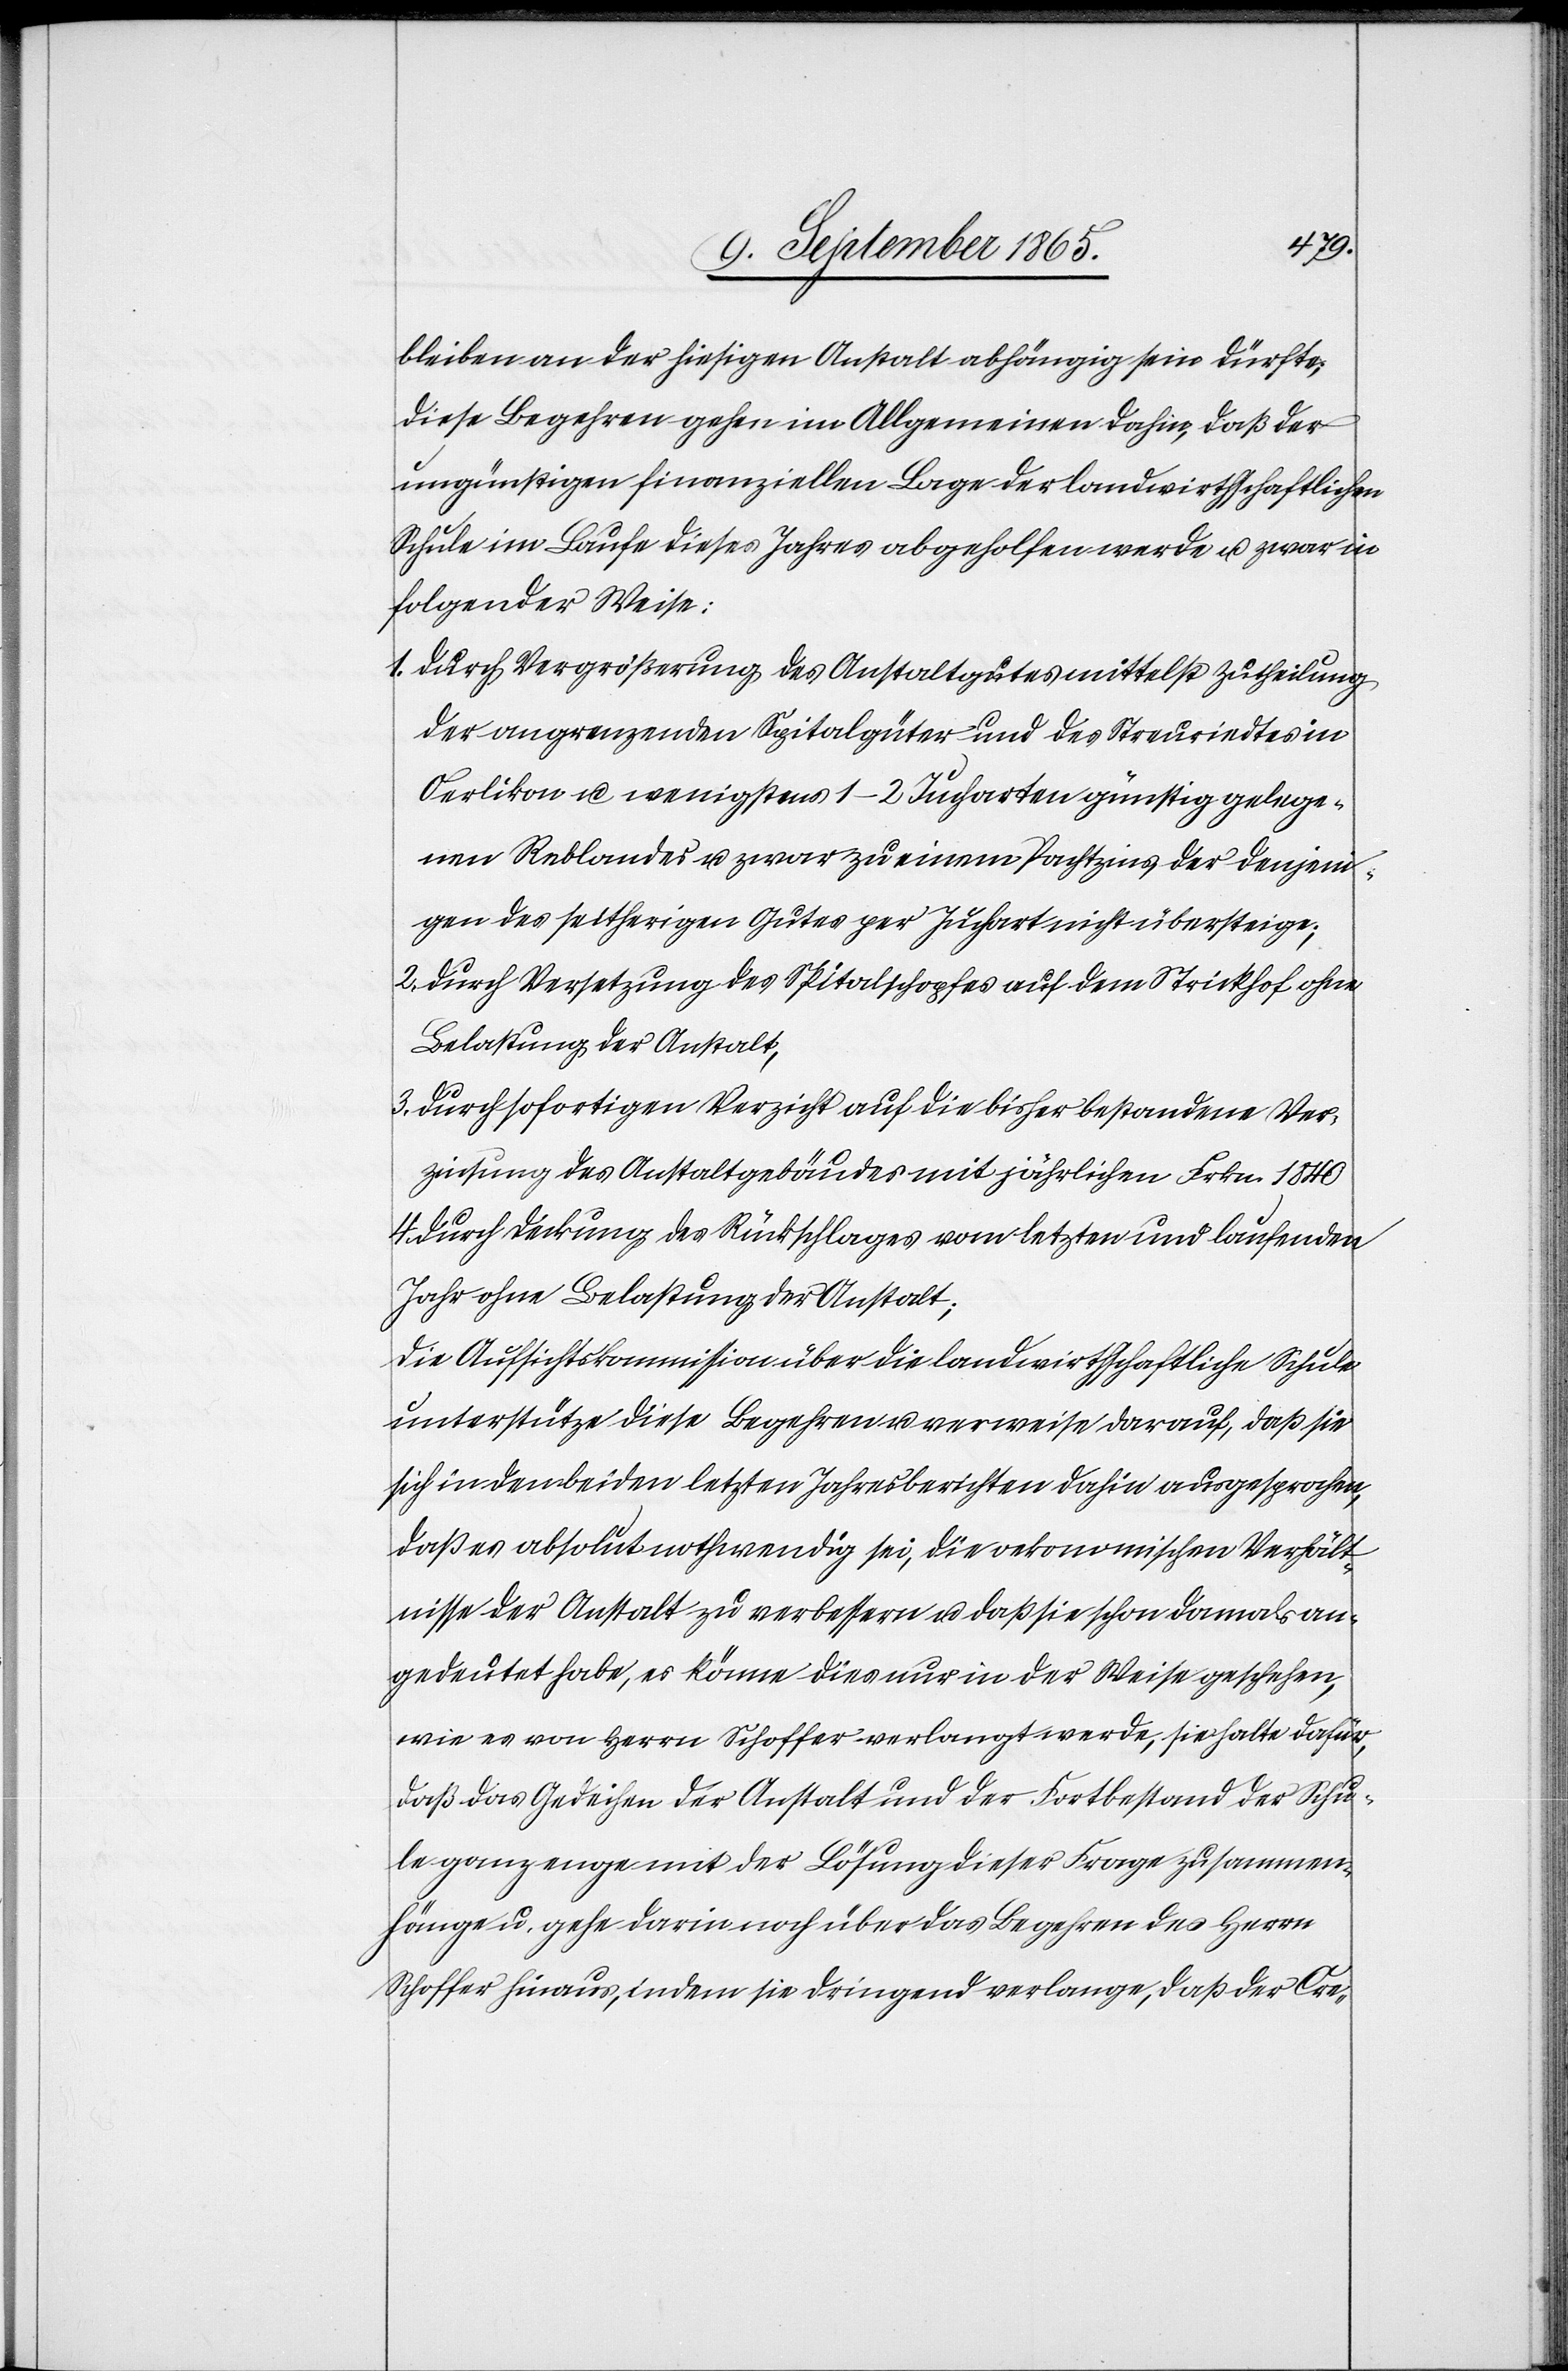
4.
bleiben an der hiesigen Anstalt abhängig sein dürfte;
diese Begehren gehen im Allgemeinen dahin, daß der
ungünstigen finanziellen Lage der landwirthschaftlichen
Schule im Laufe dieses Jahres abgeholfen werde u. zwar in
folgender Wiese:
1. durch Vergrößerung des Anstaltgutes mittelst Zutheilung
der angrenzenden Spitalgüter und des Streuriedtes in
Oerlikon u. wenigstens 1–2 Jucharten günstig gelege¬
nen Reblandes u. zwar zu einem Pachtzins der denjeni¬
gen des seitherigen Gutes per Juchart nicht übersteige;
2. durch Versetzung des Spitalschopfes auf dem Strickhof ohne
Belastung der Anstalt,
3. durch sofortigen Verzicht auf die bisher bestandene Ver¬
zinsung des Anstaltgebäudes mit jährlichen Frkn. 1840
durch Deckung des Rückschlages vom letzten und laufenden
Jahr ohne Belastung der Anstalt;
Die Aufsichtskommission über die landwirthschaftliche Schule
unterstütze diese Begehren u. verweise darauf, daß sie
sich in den beiden letzten Jahresberichten dahin ausgesprochen,
daß es absolut nothwendig sei, die oekonomischen Verhält¬
nisse der Anstalt zu verbessern u. daß sie schon damals an¬
gedeutet habe, es könne dies nur in der Weise geschehen,
wie es von Herrn Schoffer verlangt werde, sie halte dafür,
daß das Gedeihen der Anstalt und der Fortbestand der Schu¬
le ganz enge mit der Lösung dieser Frage zusammen¬
hänge u. gehe darin noch über das Begehren des Herrn
Schoffer hinaus, indem sie dringend verlange, daß der Cre-